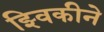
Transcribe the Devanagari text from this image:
झ्विकीने